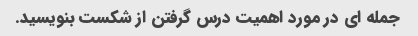
جمله ای در مورد اهمیت درس گرفتن از شکست بنویسید.